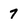
Character: 7